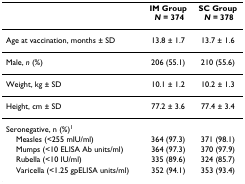
|  | IM Group N = 374 | SC Group N = 378 |
 | --- | --- | --- |
 | Age at vaccination, months ± SD | 13.8 ± 1.7 | 13.7 ± 1.6 |
 | Male, n (%) | 206 (55.1) | 210 (55.6) |
 | Weight, kg ± SD | 10.1 ± 1.2 | 10.2 ± 1.3 |
 | Height, cm ± SD | 77.2 ± 3.6 | 77.4 ± 3.4 |
 | Seronegative, n (%)1 |  |  |
 | Measles (<255 mIU/ml) | 364 (97.3) | 371 (98.1) |
 | Mumps (<10 ELISA Ab units/ml) | 364 (97.3) | 370 (97.9) |
 | Rubella (<10 IU/ml) | 335 (89.6) | 324 (85.7) |
 | Varicella (<1.25 gpELISA units/ml) | 352 (94.1) | 353 (93.4) |